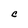
Character: C